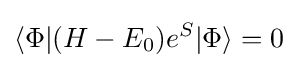
\langle \Phi |(H-E_{0})e^{S}|\Phi \rangle =0